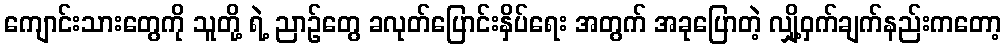
ကျောင်းသားတွေကို သူတို့ ရဲ့ ညာဉ်တွေ ခလုတ်ပြောင်းနှိပ်ရေး အတွက် အခုပြောတဲ့ လျှို့ဝှက်ချက်နည်းကတော့